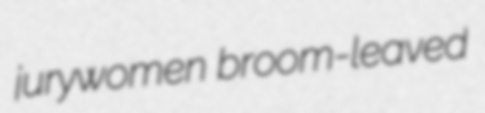
jurywomen broom-leaved